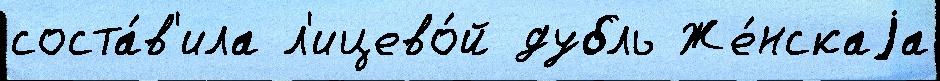
соста́в'ила л'ицево́й дубль Же́нскаjа